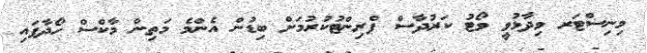
މިިނިސްޓަރ ވިދާޅުވީ ވޯޓު ކަރުދާސް ޕްރިންޓުކުރުމަށް ބިޑުން އެންމެ މަތިން މާކްސް ހޯދާފައި